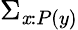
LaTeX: \Sigma_{\mathit{x}:P(y)}